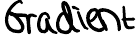
Gradient